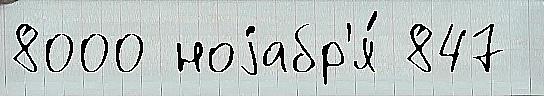
8000 ноjабр'я́ 847